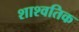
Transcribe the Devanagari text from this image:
शाश्वतिक